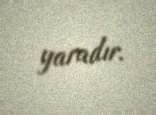
yaradır.